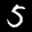
Label: 5